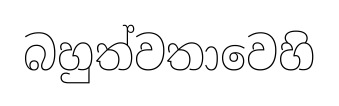
බහුත්වතාවෙහි